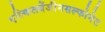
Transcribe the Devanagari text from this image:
एल्किलबेंजीनसल्फोनेट